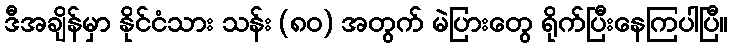
ဒီအချိန်မှာ နိုင်ငံသား သန်း (၈ဝ) အတွက် မဲပြားတွေ ရိုက်ပြီးနေကြပါပြီ။